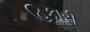
હિકારી